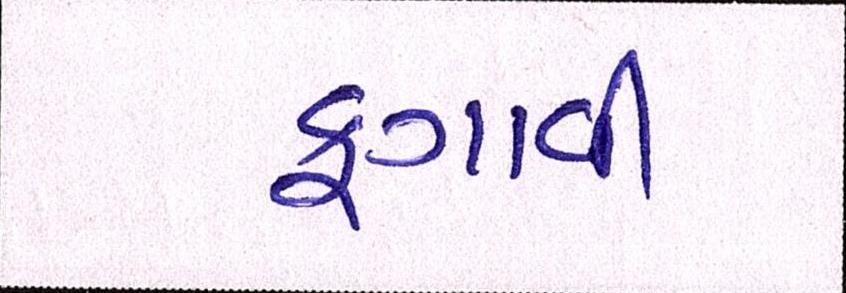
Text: ફગાવી